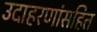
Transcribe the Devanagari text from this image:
उदाहरणांसहित